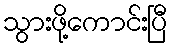
သွားဖို့ကောင်းပြီ